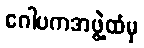
ဂေါပကအဖွဲ့ထံမှ